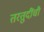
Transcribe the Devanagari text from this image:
तरतुदींची